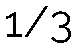
1/3